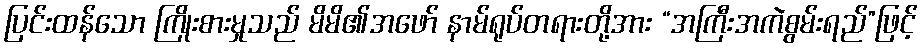
ပြင်းထန်သော ကြိုးစားမှုသည် မိမိ၏အဖော် နာမ်ရုပ်တရားတို့အား “အကြီးအကဲစွမ်းရည်”ဖြင့်